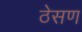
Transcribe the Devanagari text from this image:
ठेसण